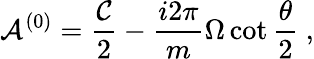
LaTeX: {\cal A}^{(0)}={\frac{\cal C}{2}}-{\frac{i2\pi}{m}}\Omega\cot{\frac{\theta}{2}}\ ,